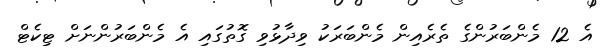
އެ 12 މެންބަރުންގެ ތެރެއިން މެންބަރަކު ވިދާޅުވި ގޮތުގައި އެ މެންބަރުންނަށް ޓިކެޓް